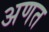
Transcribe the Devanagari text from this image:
अणत